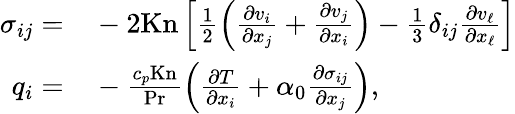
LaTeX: \begin{array}{rl}{\sigma_{ij}=}&{{}-2\mathrm{Kn}\left[\frac{1}{2}\left(\frac{\partial v_{i}}{\partial x_{j}}+\frac{\partial v_{j}}{\partial x_{i}}\right)-\frac{1}{3}\delta_{ij}\frac{\partial v_{\ell}}{\partial x_{\ell}}\right]}\\ {q_{i}=}&{{}-\frac{c_{p}\mathrm{Kn}}{\mathrm{Pr}}\left(\frac{\partial T}{\partial x_{i}}+\alpha_{0}\frac{\partial\sigma_{ij}}{\partial x_{j}}\right),}\end{array}